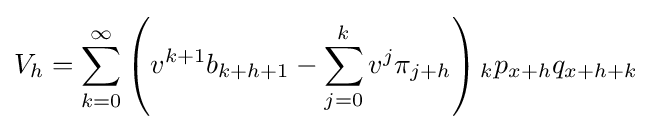
V_{h}=\sum _{k=0}^{\infty }\left(v^{k+1}b_{k+h+1}-\sum _{j=0}^{k}v^{j}\pi _{j+h}\right){_{k}p_{x+h}}q_{x+h+k}